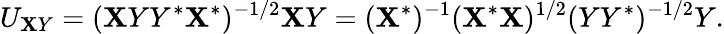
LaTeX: U_{\mathbf{X}Y}=(\mathbf{X}YY^{*}\mathbf{X}^{*})^{-1/2}\mathbf{X}Y=(\mathbf{X}^{*})^{-1}(\mathbf{X}^{*}\mathbf{X})^{1/2}(YY^{*})^{-1/2}Y.